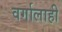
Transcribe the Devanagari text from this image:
वर्गालाही